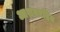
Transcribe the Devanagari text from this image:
आशयरहित